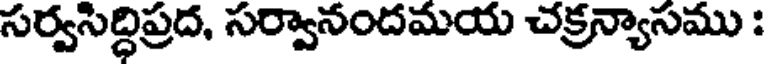
సర్వసిద్ధిప్రద, సర్వానందమయ చక్రన్యాసము :